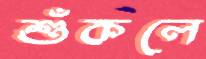
শুঁকলে